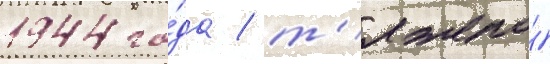
1944 го́да / т'яжело́